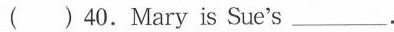
( ) 40.Mary is Sue's __ .